Report on the bubonic plague in Bombay, 1896-1897
Year: 1896
Disease focus: Plague
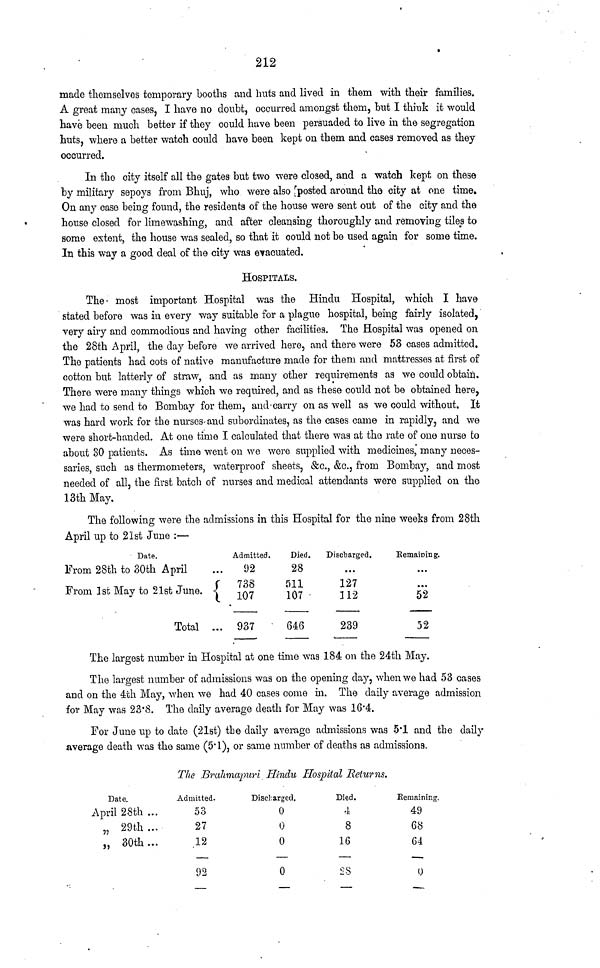
212
made themselves temporary booths and huts and lived in them with their families.
A great many cases, I have no doubt, occurred amongst them, but I think it would
have been much better if they could have been persuaded to live in the segregation
huts, where a better watch could have been kept on them and cases removed as they
occurred.
In the city itself all the gates but two were closed, and a watch kept on these
by military sepoys from Bhuj, who were also posted around the city at one time.
On any case being found, the residents of the house were sent out of the city and the
house closed for limewashing, and after cleansing thoroughly and removing tiles to
some extent, the house was sealed, so that it could not be used again for some time.
In this way a good deal of the city was evacuated.
HOSPITALS.
The most important Hospital was the Hindu Hospital, which I have
stated before was in every way suitable for a plague hospital, being fairly isolated,
very airy and commodious and having other facilities. The Hospital was opened on
the 28th April, the day before we arrived here, and there were 53 cases admitted.
The patients had cots of native manufacture made for them and mattresses at first of
cotton but latterly of straw, and as many other requirements as we could obtain.
There were many things which we required, and as these could not be obtained here,
we had to send to Bombay for them, and·carry on as well as we could without. It
was hard work for the nurses·and subordinates, as the cases came in rapidly, and we
were short-handed. At one time I calculated that there was at the rate of one nurse to
about 30 patients. As time went on we were supplied with medicines, many neces-
saries, such as thermometers, waterproof sheets, &c., &c., from Bombay, and most
needed of all, the first batch of nurses and medical attendants were supplied on the
13th May.
The following were the admissions in this Hospital for the nine weeks from 28th
April up to 21st June :—
Date.
From 28th to 30th April
From 1st May to 21st June.
Total
...
{
...
Admitted.
92
738
107
937
Died.
28
511
107
646
Discharged.
...
127
112
239
Remaining.
...
52
52
The largest number in Hospital at one time was 184 on the 24th May.
The largest number of admissions was on the opening day, when we had 53 cases
and on the 4th May, when we had 40 cases come in. The daily average admission
for May was 23.8. The daily average death for May was 16.4.
For June up to date (21st) the daily average admissions was 5.1 and the daily
average death was the same (5.1), or same number of deaths as admissions.
The Brahmapuri Hindu Hospital Returns.
Date.
April 28th ...
„ 29th ...
„ 30th ...
Admitted.
53
27
12
92
Discharged.
0
0
0
0
Died.
4
8
16
28
Remaining.
49
68
64
0